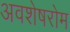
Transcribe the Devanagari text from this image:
अवशेषरोम